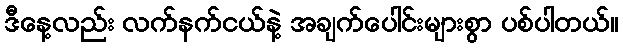
ဒီနေ့လည်း လက်နက်ငယ်နဲ့ အချက်ပေါင်းများစွာ ပစ်ပါတယ်။